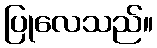
ပြုလေသည်။